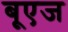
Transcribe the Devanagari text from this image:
बूएज